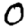
Digit: 0